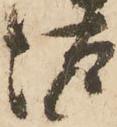
汰